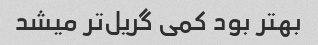
بهتر بود کمی گریل‌تر میشد